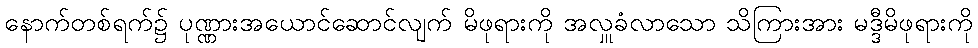
နောက်တစ်ရက်၌ ပုဏ္ဏားအယောင်ဆောင်လျက် မိဖုရားကို အလှူခံလာသော သိကြားအား မဒ္ဒီမိဖုရားကို